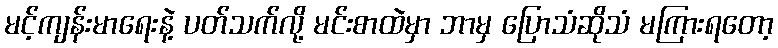
မင့်ကျန်းမာရေးနဲ့ ပတ်သက်လို့ မင်းစာထဲမှာ ဘာမှ ပြောသံဆိုသံ မကြားရတော့